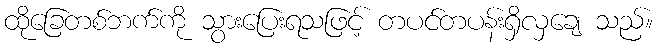
ထိုခြေတစ်ဘက်ကို သွားပြေးရသဖြင့် တပင်တပန်းရှိလှချေ သည်။